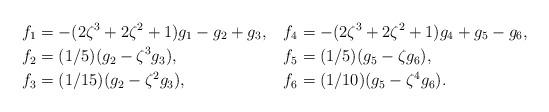
LaTeX: \begin{align*}f_1 &= -(2\zeta^3+2\zeta^2+1)g_1 - g_2 + g_3, & f_4 &= -(2\zeta^3+2\zeta^2+1)g_4+g_5 - g_6,\\f_2 &= (1/5)(g_2-\zeta^3g_3),& f_5 &= (1/5)(g_5-\zeta g_6),\\f_3 &=(1/15)(g_2-\zeta^2g_3),& f_6 &= (1/10)(g_5-\zeta^4g_6).\end{align*}